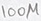
Text: 100µ